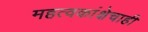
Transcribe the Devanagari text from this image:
महत्वकांक्षेचाही